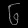
Digit: ၆